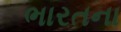
ભારતના